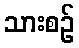
သားစဉ်